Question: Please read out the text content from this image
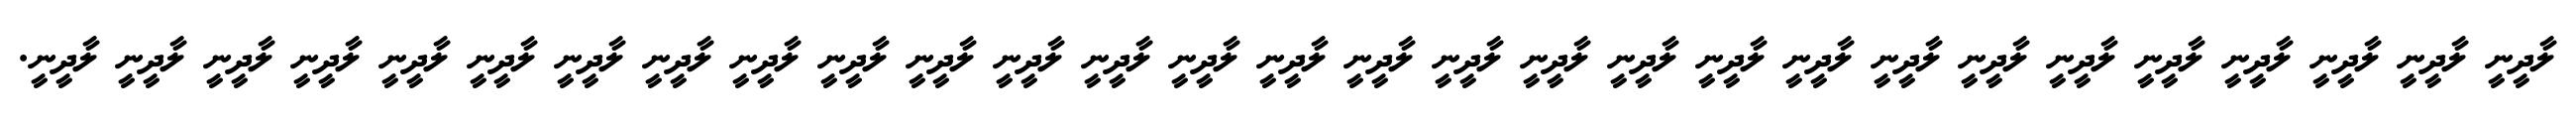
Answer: ލާދީނީ ލާދީނީ ލާދީނީ ލާދީނީ ލާދީނީ ލާދީނީ ލާދީނީ ލާދީނީ ލާދީނީ ލާދީނީ ލާދީނީ ލާދީނީ ލާދީނީ ލާދީނީ ލާދީނީ ލާދީނީ ލާދީނީ ލާދީނީ ލާދީނީ ލާދީނީ ލާދީނީ ލާދީނީ ލާދީނީ ލާދީނީ ލާދީނީ ލާދީނީ ލާދީނީ ލާދީނީ ލާދީނީ.